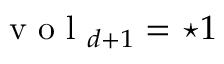
\mathrm { ~ v ~ o ~ l ~ } _ { d + 1 } = \star 1